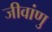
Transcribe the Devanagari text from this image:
जीवांणु